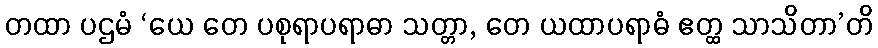
တထာ ပဌမံ ‘ယေ တေ ပစုရာပရာဓာ သတ္တာ, တေ ယထာပရာဓံ ဧတ္ထ သာသိတာ’တိ